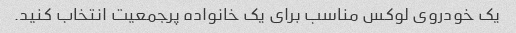
یک خودروی لوکس مناسب برای یک خانواده پرجمعیت انتخاب کنید.